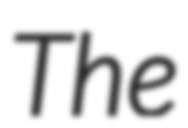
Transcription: The